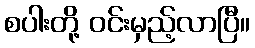
စပါးတို့ ဝင်းမှည့်လာပြီ။